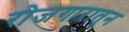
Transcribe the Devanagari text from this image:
रोजगारातून